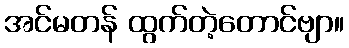
အင်မတန် ထွက်တဲ့တောင်ဗျာ။